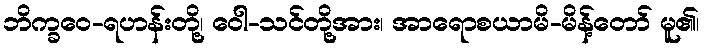
ဘိက္ခဝေ-ရဟန်းတို့၊ ဝေါ-သင်တို့အား၊ အာရောစယာမိ-မိန့်တော် မူ၏၊